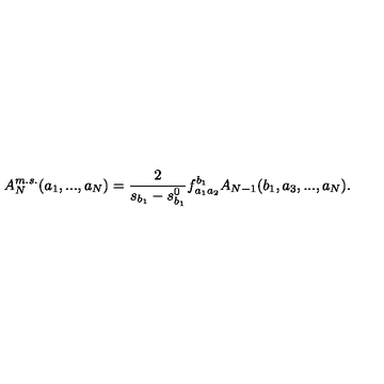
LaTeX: A _ { N } ^ { m . s . } ( a _ { 1 } , . . . , a _ { N } ) = \frac { 2 } { s _ { b _ { 1 } } - s _ { b _ { 1 } } ^ { 0 } } f _ { a _ { 1 } a _ { 2 } } ^ { b _ { 1 } } A _ { N - 1 } ( b _ { 1 } , a _ { 3 } , . . . , a _ { N } ) .